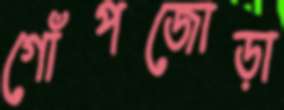
গোঁপজোড়া